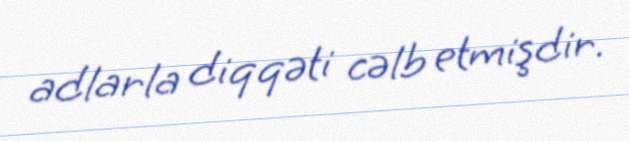
adlarla diqqəti cəlb etmişdir.